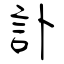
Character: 訃